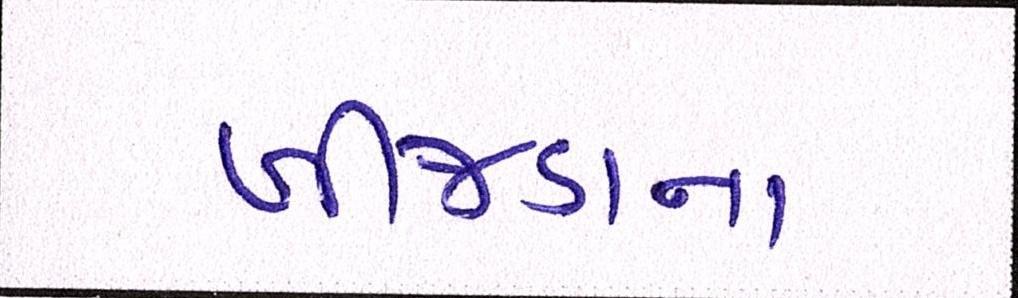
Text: ખીજડાના